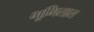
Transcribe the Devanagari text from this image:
भूमितात